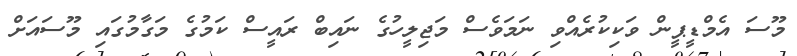
މޫސަ އެމްޑީޕީން ވަކިކުރެއްވި ނަމަވެސް މަޖިލީހުގެ ނައިބް ރައީސް ކަމުގެ މަގާމުގައި މޫސައަށް